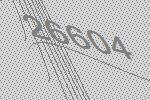
26604